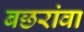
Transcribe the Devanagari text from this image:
बछरांवा